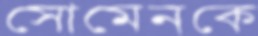
সোমেনকে